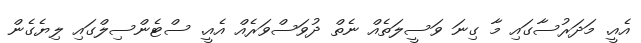
އެއީ. މަދަރުސާގައި މާ ގިނަ ވަސީލަތެއް ނެތް ދުވަސްވަރެއް އެއީ. ސްޓެންސިލްގައި ލިޔެގެން